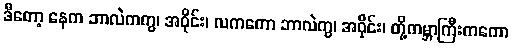
ဒီတော့ နေက ဘာလဲကကွ၊ အဝိုင်း၊ လကကော ဘာလဲကွ၊ အဝိုင်း၊ တို့ကမ္ဘာကြီးကကော